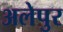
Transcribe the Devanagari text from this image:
अलेपुर